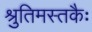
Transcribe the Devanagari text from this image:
श्रुतिमस्तकैः